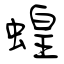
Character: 蝗